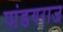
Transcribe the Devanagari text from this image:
पांडयराज